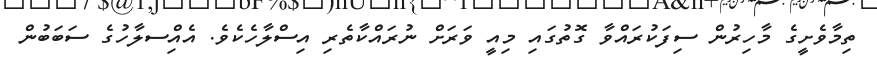
ތިމާވެށީގެ މާހިރުން ސިފަކުރައްވާ ގޮތުގައި މިއީ ވަރަށް ނުރައްކާތެރި އިސްލާހެކެވެ. އެއިްސލާހުގެ ސަބަބުން